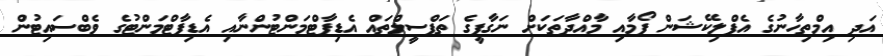
އަދި އިމްތިހާނުގެ އެޕްލިކޭޝަން ފޯމާއި މާއްދާތަކަށް ނަގާފީގެ ތަފްސީލްތައް އެޑިޕާޓްމަންޓުންނާއި އެޑިޕާޓްމަންޓުގެ ވެބްސައިޓުން